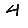
Digit: 4